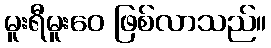
မူးရီမူးဝေ ဖြစ်လာသည်။